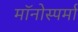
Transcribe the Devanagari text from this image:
मॉनोस्पर्मा